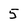
Character: 5